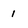
Character: 1